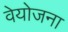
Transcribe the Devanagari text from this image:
वेयोजना